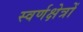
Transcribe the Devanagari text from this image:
स्वर्णक्षेत्रों